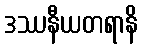
ဒဿနီယတရာနိ